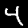
Digit: 4